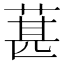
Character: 葚